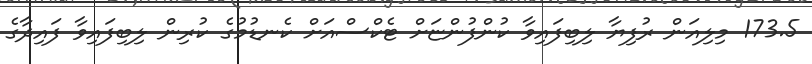
173.5 މިލިއަން ރުފިޔާ ލިބިފައިވާ ކުންފުންޏަށް ޓެކްސްއަށް ކެނޑުމުގެ ކުރިން ލިބިފައިވާ ފައިދާގެ